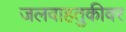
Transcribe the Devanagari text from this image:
जलवाहतुकीवर